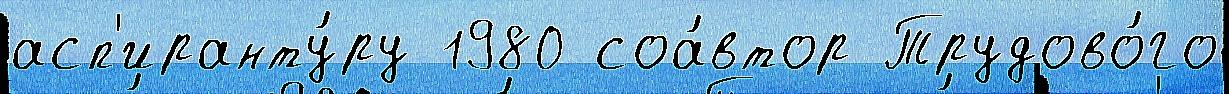
асп'иранту́ру 1980 соа́втор Трудово́го